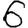
Digit: 6